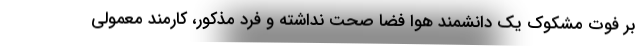
بر فوت مشکوک یک دانشمند هوا فضا صحت نداشته و فرد مذکور، کارمند معمولی